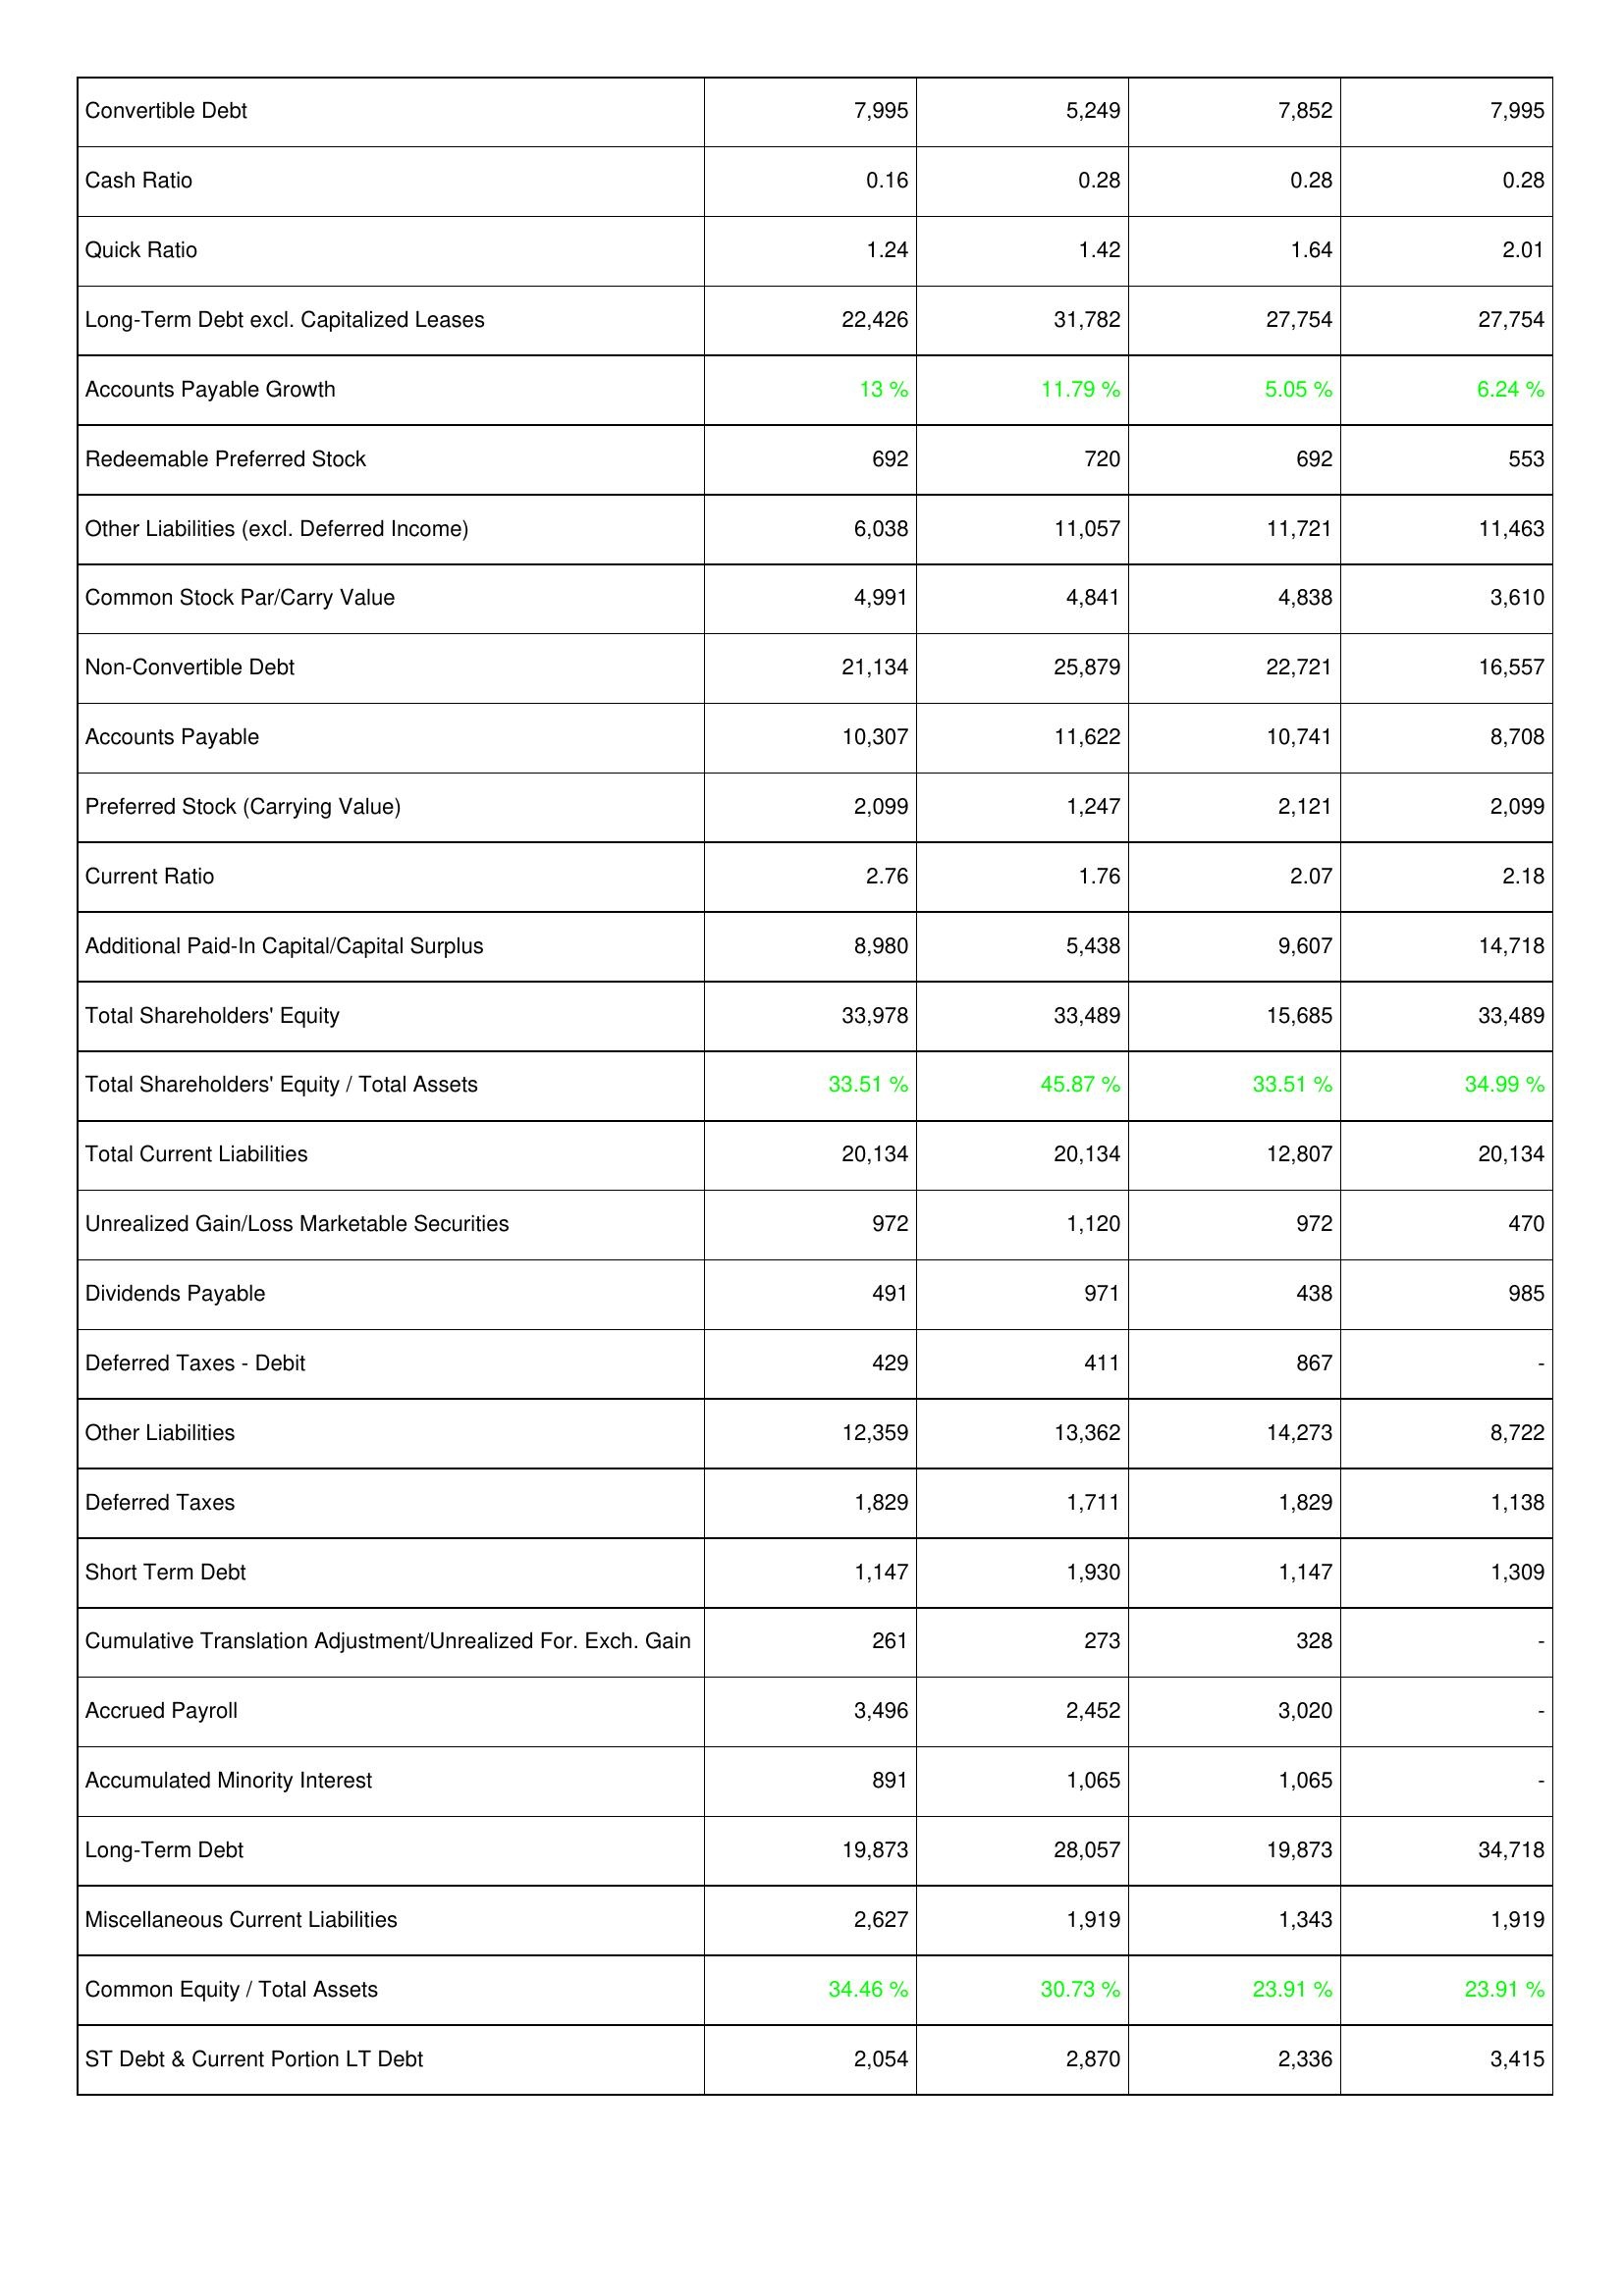
2015: Liabilities & Shareholders' Equity: Convertible Debt: 7,995
Cash Ratio: 0.16
Quick Ratio: 1.24
Long-Term Debt excl. Capitalized Leases: 22,426
Accounts Payable Growth: 13 %
Redeemable Preferred Stock: 692
Other Liabilities (excl. Deferred Income): 6,038
Common Stock Par/Carry Value: 4,991
Non-Convertible Debt: 21,134
Accounts Payable: 10,307
Preferred Stock (Carrying Value): 2,099
Current Ratio: 2.76
Additional Paid-In Capital/Capital Surplus: 8,980
Total Shareholders' Equity: 33,978
Total Shareholders' Equity / Total Assets: 33.51 %
Total Current Liabilities: 20,134
Unrealized Gain/Loss Marketable Securities: 972
Dividends Payable: 491
Deferred Taxes - Debit: 429
Other Liabilities: 12,359
Deferred Taxes: 1,829
Short Term Debt: 1,147
Cumulative Translation Adjustment/Unrealized For. Exch. Gain: 261
Accrued Payroll: 3,496
Accumulated Minority Interest: 891
Long-Term Debt: 19,873
Miscellaneous Current Liabilities: 2,627
Common Equity / Total Assets: 34.46 %
ST Debt & Current Portion LT Debt: 2,054
2014: Liabilities & Shareholders' Equity: Convertible Debt: 5,249
Cash Ratio: 0.28
Quick Ratio: 1.42
Long-Term Debt excl. Capitalized Leases: 31,782
Accounts Payable Growth: 11.79 %
Redeemable Preferred Stock: 720
Other Liabilities (excl. Deferred Income): 11,057
Common Stock Par/Carry Value: 4,841
Non-Convertible Debt: 25,879
Accounts Payable: 11,622
Preferred Stock (Carrying Value): 1,247
Current Ratio: 1.76
Additional Paid-In Capital/Capital Surplus: 5,438
Total Shareholders' Equity: 33,489
Total Shareholders' Equity / Total Assets: 45.87 %
Total Current Liabilities: 20,134
Unrealized Gain/Loss Marketable Securities: 1,120
Dividends Payable: 971
Deferred Taxes - Debit: 411
Other Liabilities: 13,362
Deferred Taxes: 1,711
Short Term Debt: 1,930
Cumulative Translation Adjustment/Unrealized For. Exch. Gain: 273
Accrued Payroll: 2,452
Accumulated Minority Interest: 1,065
Long-Term Debt: 28,057
Miscellaneous Current Liabilities: 1,919
Common Equity / Total Assets: 30.73 %
ST Debt & Current Portion LT Debt: 2,870
2013: Liabilities & Shareholders' Equity: Convertible Debt: 7,852
Cash Ratio: 0.28
Quick Ratio: 1.64
Long-Term Debt excl. Capitalized Leases: 27,754
Accounts Payable Growth: 5.05 %
Redeemable Preferred Stock: 692
Other Liabilities (excl. Deferred Income): 11,721
Common Stock Par/Carry Value: 4,838
Non-Convertible Debt: 22,721
Accounts Payable: 10,741
Preferred Stock (Carrying Value): 2,121
Current Ratio: 2.07
Additional Paid-In Capital/Capital Surplus: 9,607
Total Shareholders' Equity: 15,685
Total Shareholders' Equity / Total Assets: 33.51 %
Total Current Liabilities: 12,807
Unrealized Gain/Loss Marketable Securities: 972
Dividends Payable: 438
Deferred Taxes - Debit: 867
Other Liabilities: 14,273
Deferred Taxes: 1,829
Short Term Debt: 1,147
Cumulative Translation Adjustment/Unrealized For. Exch. Gain: 328
Accrued Payroll: 3,020
Accumulated Minority Interest: 1,065
Long-Term Debt: 19,873
Miscellaneous Current Liabilities: 1,343
Common Equity / Total Assets: 23.91 %
ST Debt & Current Portion LT Debt: 2,336
2012: Liabilities & Shareholders' Equity: Convertible Debt: 7,995
Cash Ratio: 0.28
Quick Ratio: 2.01
Long-Term Debt excl. Capitalized Leases: 27,754
Accounts Payable Growth: 6.24 %
Redeemable Preferred Stock: 553
Other Liabilities (excl. Deferred Income): 11,463
Common Stock Par/Carry Value: 3,610
Non-Convertible Debt: 16,557
Accounts Payable: 8,708
Preferred Stock (Carrying Value): 2,099
Current Ratio: 2.18
Additional Paid-In Capital/Capital Surplus: 14,718
Total Shareholders' Equity: 33,489
Total Shareholders' Equity / Total Assets: 34.99 %
Total Current Liabilities: 20,134
Unrealized Gain/Loss Marketable Securities: 470
Dividends Payable: 985
Deferred Taxes - Debit: -
Other Liabilities: 8,722
Deferred Taxes: 1,138
Short Term Debt: 1,309
Cumulative Translation Adjustment/Unrealized For. Exch. Gain: -
Accrued Payroll: -
Accumulated Minority Interest: -
Long-Term Debt: 34,718
Miscellaneous Current Liabilities: 1,919
Common Equity / Total Assets: 23.91 %
ST Debt & Current Portion LT Debt: 3,415